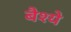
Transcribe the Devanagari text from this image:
बैश्ये